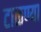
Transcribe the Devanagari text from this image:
टाळण्या